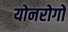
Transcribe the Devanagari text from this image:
योनरोगों